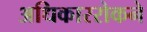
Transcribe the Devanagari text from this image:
अधिकाररोकने